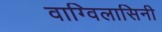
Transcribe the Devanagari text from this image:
वाग्विलासिनी